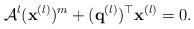
LaTeX: \begin{align*}\mathcal{A}^l({\bf x}^{(l)})^{m}+({\bf q}^{(l)})^\top {\bf x}^{(l)}=0.\end{align*}